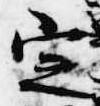
定